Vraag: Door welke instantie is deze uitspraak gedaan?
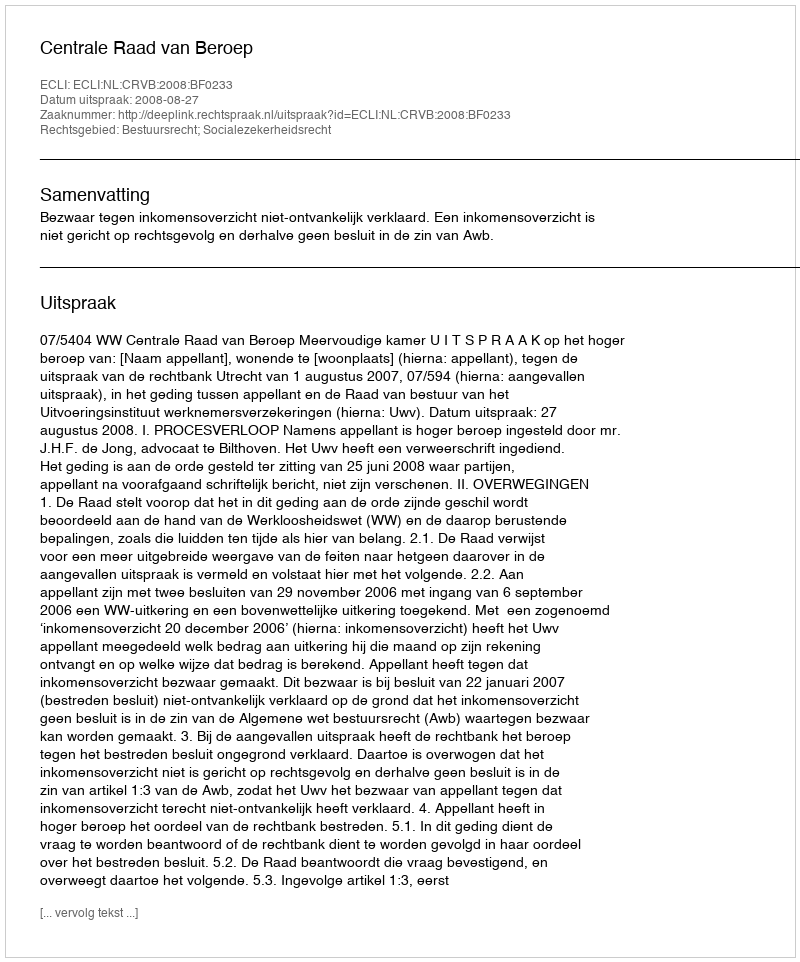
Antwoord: Centrale Raad van Beroep